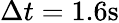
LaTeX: \Delta t=1.6\mathrm{s}